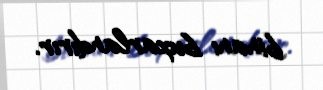
binanı buxarlandırır.